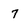
Character: 7